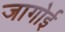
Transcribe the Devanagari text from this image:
जागोई